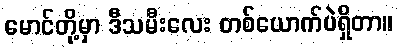
မောင်တို့မှာ ဒီသမီးလေး တစ်ယောက်ပဲရှိတာ။